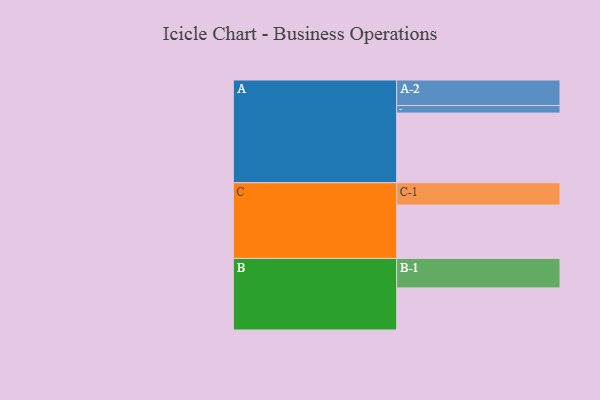
{"axis": {"x": "Segment", "y": "Value"}, "legend": ["", "A", "B", "C"], "data": [{"x": "A", "y": 587, "type": ""}, {"x": "B", "y": 355, "type": ""}, {"x": "C", "y": 450, "type": ""}, {"x": "A-1", "y": 64, "type": "A"}, {"x": "A-2", "y": 215, "type": "A"}, {"x": "B-1", "y": 248, "type": "B"}, {"x": "C-1", "y": 188, "type": "C"}]}